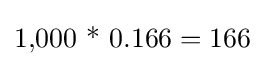
{\mbox{1,000 * 0.166}}=166